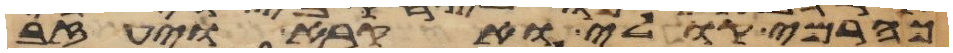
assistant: כהרמי קולי ואקרא ויעזב